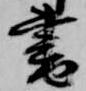
書